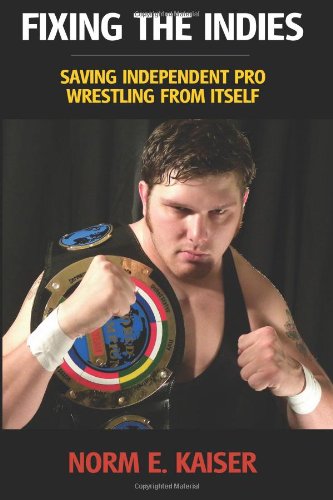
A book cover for Fixing the Indies: Saving Independent Pro Wrestling from Itself; Norm E. Kaiser; Sports & Outdoors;